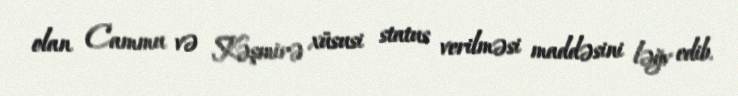
olan Cammu və Kəşmirə xüsusi status verilməsi maddəsini ləğv edib.